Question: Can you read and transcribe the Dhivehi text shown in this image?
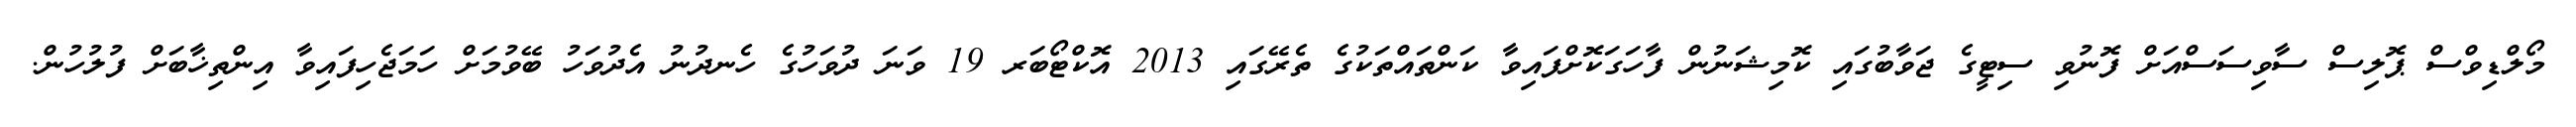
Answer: މޯލްޑިވްސް ޕޮލިސް ސާވިސަސްއަށް ފޮނުވި ސިޓީގެ ޖަވާބުގައި ކޮމިޝަނުން ފާހަގަކޮށްފައިވާ ކަންތައްތަކުގެ ތެރޭގައި 2013 އޮކްޓޯބަރ 19 ވަނަ ދުވަހުގެ ހެނދުނު އެދުވަހު ބޭވުމަށް ހަމަޖެހިފައިވާ އިންތިޚާބަށް ފުލުހުން.